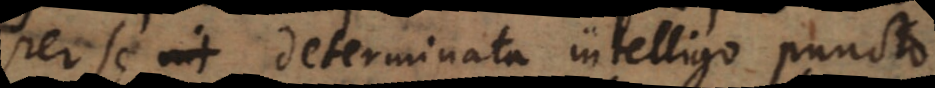
Per se determinata intelligo [puncta]